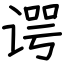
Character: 谔